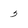
Character: 5